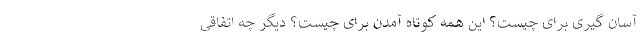
آسان گیری برای چیست؟ این همه کوتاه آمدن برای چیست؟ دیگر چه اتفاقی